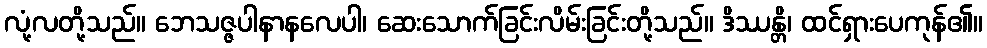
လုံ့လတို့သည်။ ဘေသဇ္ဇပါနာနလေပါ၊ ဆေးသောက်ခြင်းလိမ်းခြင်းတို့သည်။ ဒိဿန္တိ၊ ထင်ရှားပေကုန်၏။